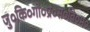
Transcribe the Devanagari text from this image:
जु०कि०गो०प्र०स०वि०म०